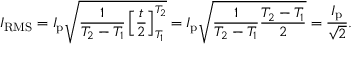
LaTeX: I _ { \mathrm { R M S } } = I _ { \mathrm { p } } { \sqrt { { \frac { 1 } { T _ { 2 } - T _ { 1 } } } \left[ { \frac { t } { 2 } } \right] _ { T _ { 1 } } ^ { T _ { 2 } } } } = I _ { \mathrm { p } } { \sqrt { { \frac { 1 } { T _ { 2 } - T _ { 1 } } } { \frac { T _ { 2 } - T _ { 1 } } { 2 } } } } = { \frac { I _ { \mathrm { p } } } { \sqrt { 2 } } } .